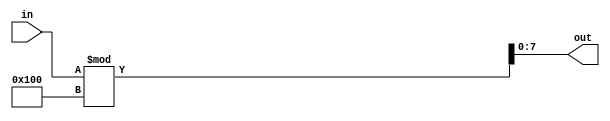
`timescale 1ns / 1ps
//////////////////////////////////////////////////////////////////////////////////

module impartire(
        input [7:0] in,
        output [7:0] out 
    );
    assign out=in%256;
endmodule